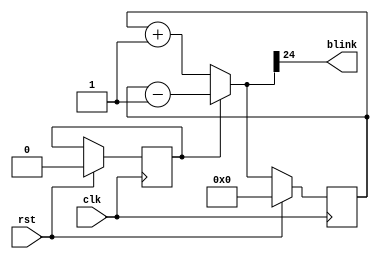
module blinker(
    input clk,
	 input rst,
	 output blink
    );
reg [24:0] counter_q, counter_d;
reg dir;
assign blink = counter_d[24];
always@(counter_q) begin
    if (dir) begin
	     counter_d = counter_q - 1'b1;
    end else begin
	     counter_d = counter_q + 1'b1;
	 end
end
always@(posedge clk) begin
   if (rst) begin
	   counter_q <= 25'b0;
		dir <= 1'b0;
	end else begin
	    counter_q <= counter_d;
	end
end
endmodule